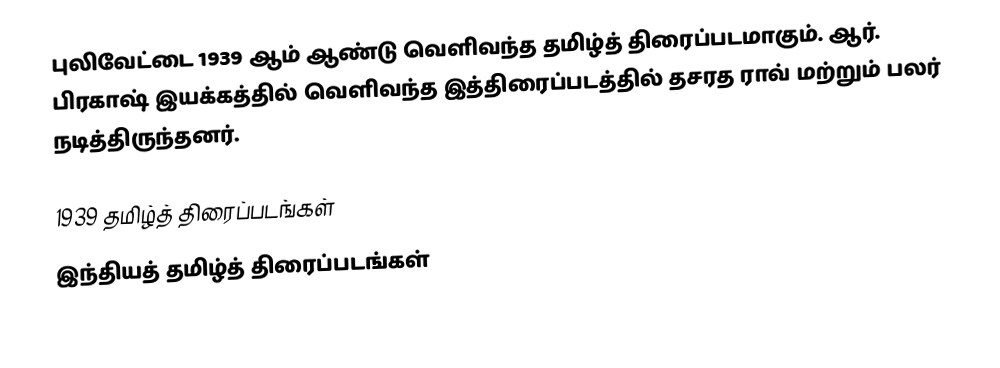
புலிவேட்டை 1939 ஆம் ஆண்டு வெளிவந்த தமிழ்த் திரைப்படமாகும். ஆர். பிரகாஷ் இயக்கத்தில் வெளிவந்த இத்திரைப்படத்தில் தசரத ராவ் மற்றும் பலர் நடித்திருந்தனர்.

1939 தமிழ்த் திரைப்படங்கள்
இந்தியத் தமிழ்த் திரைப்படங்கள்